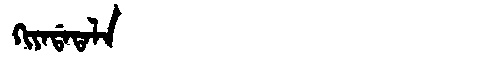
Manchu: ᡴᡳᠶᠠᡩᠠᡨᠠᠯᠠ
Romanization: KIYADATALA